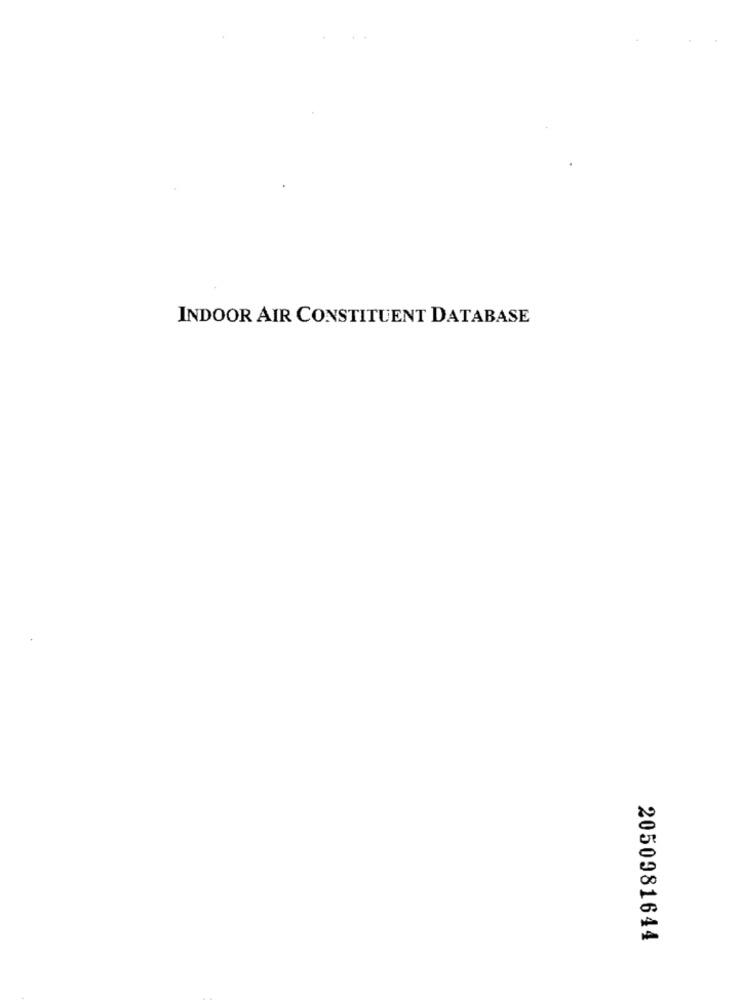
INDOOR AIR CONSTITUENT DATABASE
2050981644